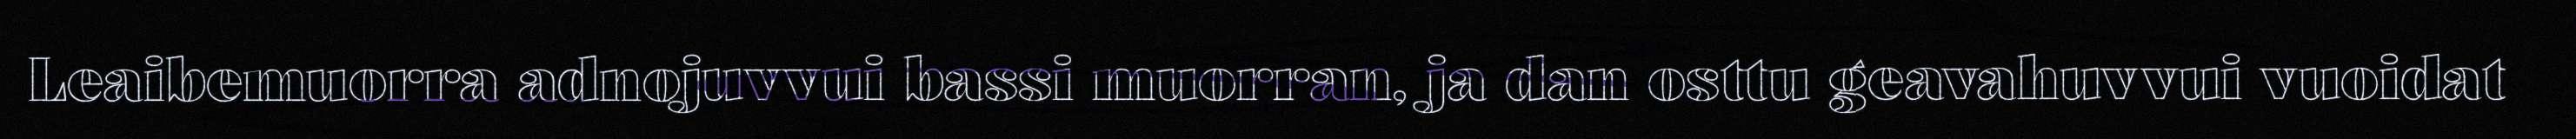
Leaibemuorra adnojuvvui bassi muorran, ja dan osttu geavahuvvui vuoidat